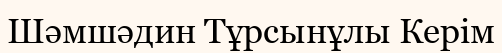
Шәмшәдин Тұрсынұлы Керім